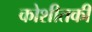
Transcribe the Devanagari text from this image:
कोशीतकी